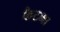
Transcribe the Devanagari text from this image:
कैटभा